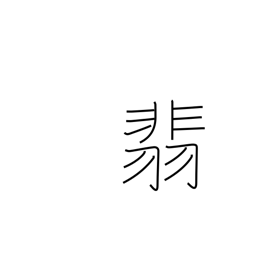
Meaning: kingfisher